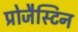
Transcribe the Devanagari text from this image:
प्रोजैस्टिन